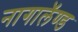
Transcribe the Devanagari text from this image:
नागालॅण्ड